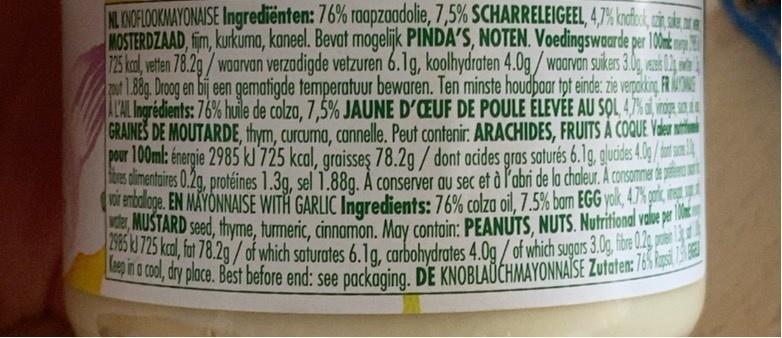
NL KNOFLOOKMAYONAISE Ingrediënten: 76% raapzaadolie, 7,5% SCHARRELEIGEEL, 4,7% knofock, az MOSTERDZAAD, fim, kurkuma, kaneel. Bevat mogelijk PINDA'S, NOTEN. Voedingswaarde per 100 725 kcal, vetten 78.2g/ waarvan verzadigde vetzuren 6.1g, koolhydraten 4.0g/waarvan suikers 3.0g,zel 02 out 1.88g. Droog en bij een gematigde temperatuur bewaren. Ten minste houdbaar tot einde: zie verpakking, FR A L'AL Ingrédients: 76% huile de colza, 7,5% JAUNE D'OEUF DE POULE ÉLEVÉE AU SOL 4,7% ar GRAINES DE MOUTARDE, thym, curcuma, cannelle. Peut contenir. ARACHIDES, FRUITS À COQUE V pour 100ml: énergie 2985 kJ 725 kcal, graisseş 78.2g/ dont acides gras saturés 6.1g, glucides 4.0/ os alimentaires 0.2g, protéines 1.3g, sel 1.88g. À conserver au sec et à l'abri de la chaleur. A consommer vor embalage. EN MAYONNAISE WITH GARLIC Ingredients: 76% colza oil, 7.5% bom EGG yok, 4,7%
100
MUSTARD seed, thyme, turmeric, cinnamon. May contain: PEANUTS, NUTS. Nutritional value pr 2985 kJ 725 kcal, fat 78.2g/ of which saturates 6.1g, carbohydrates 4.0g/of which sugars 3.0g, fibre 0.2g, pre Keep in a cool, dry place. Best before end: see packaging. DE KNOBLAUCHMAYONNAISE Zutaten: 76% Rp 75